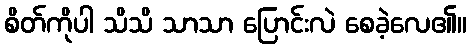
စိတ်ကိုပါ သိသိ သာသာ ပြောင်းလဲ စေခဲ့လေ၏။